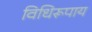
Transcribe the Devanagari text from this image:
विधिरूपाय